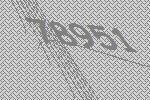
78951